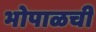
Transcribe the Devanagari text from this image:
भोपाळची